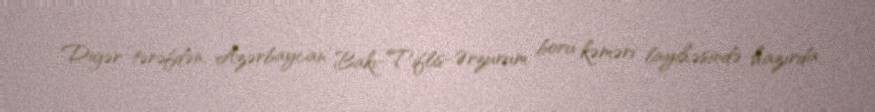
Digər tərəfdən, Azərbaycan Bakı-Tiflis-Ərzurum boru kəməri layihəsində hazırda